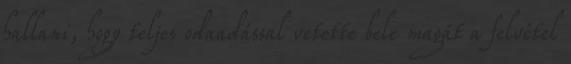
hallani, hogy teljes odaadással vetette bele magát a felvétel